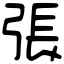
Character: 張